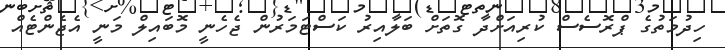
ހިދުމަތުގެ ޕްރޮސެސް ކުރިއަށްދާ ގޮތަށް ބަލާއިރު ކަސްޓަމަރުން ޖެހެނީ މޮބައިލް މަނީ އެޖެންޓެއް